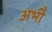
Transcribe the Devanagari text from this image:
अभीे